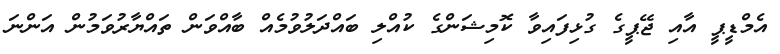
އެމްޑީޕީ އާއި ޖޭޕީގެ ގުޅިފައިވާ ކޮމިޝަންގެ ކުއްލި ބައްދަލުވުމެއް ބާއްވަން ތައްޔާރުވަމުން އަންނަ